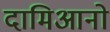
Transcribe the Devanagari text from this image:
दामिआनो